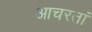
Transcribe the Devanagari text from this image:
आचरतां